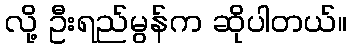
လို့ ဦးရည်မွန်က ဆိုပါတယ်။